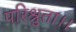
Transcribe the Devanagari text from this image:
परिश्रुता।।